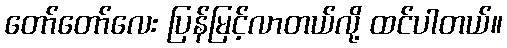
တော်တော်လေး ပြန်မြင့်လာတယ်လို့ ထင်ပါတယ်။